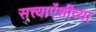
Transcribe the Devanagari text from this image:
सत्त्याऐंशीव्या